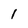
Character: 1